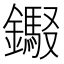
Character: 𰽎